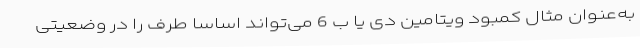
به‌عنوان مثال کمبود ویتامین دی یا ب 6 می‌تواند اساساً طرف را در وضعیتی